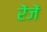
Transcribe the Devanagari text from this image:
रेंजें